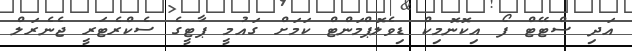
އަދި ސްޓޭޓް ފޯ އިކޮނޮމިކް ޑިވެލޮޕްމަންޓް ކަމަށް ގައުމީ ޕާޓީގެ ސެކްރެޓަރީ ޖެނެރަލް